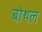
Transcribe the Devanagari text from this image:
बोथल